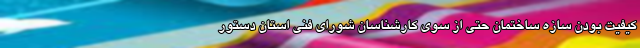
کیفیت بودن سازه ساختمان حتی از سوی کارشناسان شورای فنی استان دستور